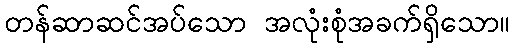
တန်ဆာဆင်အပ်သော အလုံးစုံအခက်ရှိသော။